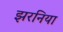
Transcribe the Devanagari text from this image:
झरनिया